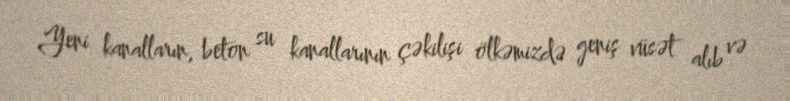
Yeni kanalların, beton su kanallarının çəkilişi ölkəmizdə geniş vüsət alıb və